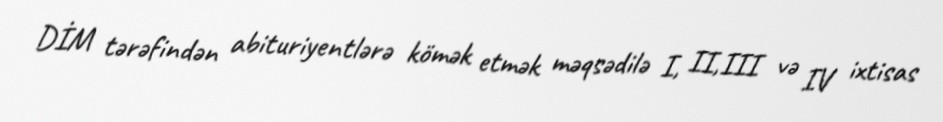
DİM tərəfindən abituriyentlərə kömək etmək məqsədilə I, II,III və IV ixtisas